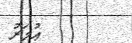
ޢުމަރު